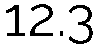
12.3